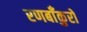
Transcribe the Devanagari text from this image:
रणबाँकुरों